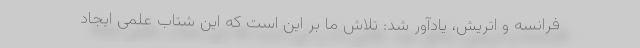
فرانسه و اتریش، یادآور شد: تلاش ما بر این است که این شتاب علمی ایجاد